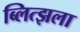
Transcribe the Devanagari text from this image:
ब्लित्झला